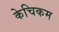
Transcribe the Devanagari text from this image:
केचिकम